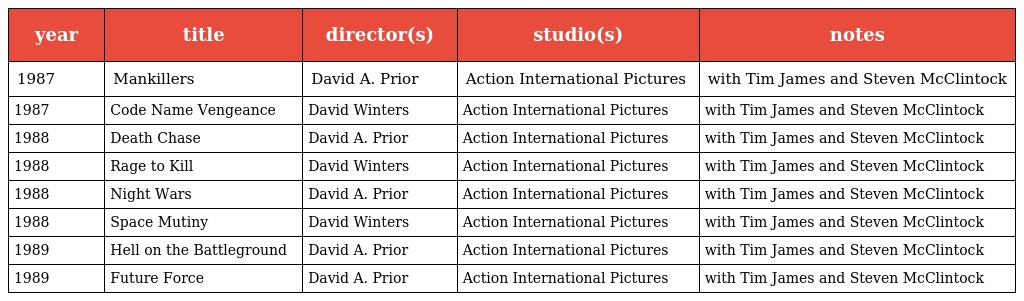
| year | title | director(s) | studio(s) | notes |
 | --- | --- | --- | --- | --- |
 | 1987 | Mankillers | David A. Prior | Action International Pictures | with Tim James and Steven McClintock |
 | 1987 | Code Name Vengeance | David Winters | Action International Pictures | with Tim James and Steven McClintock |
 | 1988 | Death Chase | David A. Prior | Action International Pictures | with Tim James and Steven McClintock |
 | 1988 | Rage to Kill | David Winters | Action International Pictures | with Tim James and Steven McClintock |
 | 1988 | Night Wars | David A. Prior | Action International Pictures | with Tim James and Steven McClintock |
 | 1988 | Space Mutiny | David Winters | Action International Pictures | with Tim James and Steven McClintock |
 | 1989 | Hell on the Battleground | David A. Prior | Action International Pictures | with Tim James and Steven McClintock |
 | 1989 | Future Force | David A. Prior | Action International Pictures | with Tim James and Steven McClintock |